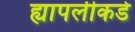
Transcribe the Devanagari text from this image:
ह्यापलीकडे